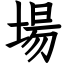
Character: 場